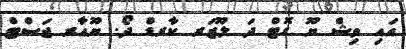
އައި ވިޝް ޔޫ ގޮޓް ދަ ލޫޒަރ ކާރޑް ދޯ. ޔޫއާރ ޖަސްޓް